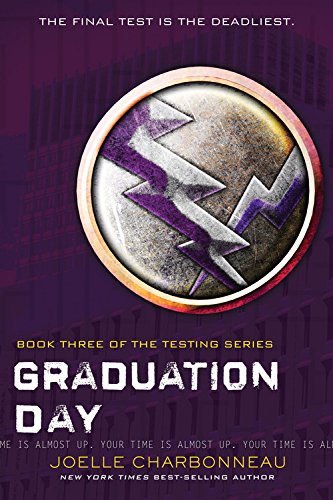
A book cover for Graduation Day (The Testing); Joelle Charbonneau; Teen & Young Adult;